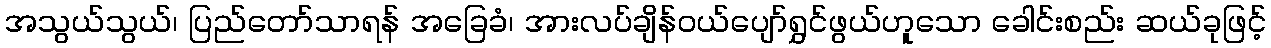
အသွယ်သွယ်၊ ပြည်တော်သာရန် အခြေခံ၊ အားလပ်ချိန်ဝယ်ပျော်ရွှင်ဖွယ်ဟူသော ခေါင်းစည်း ဆယ်ခုဖြင့်